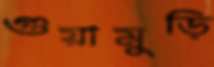
গুয়ামুড়ি